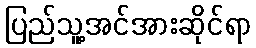
ပြည်သူ့အင်အားဆိုင်ရာ